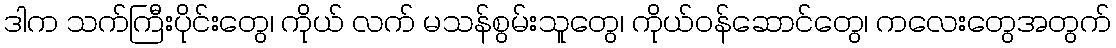
ဒါက သက်ကြီးပိုင်းတွေ၊ ကိုယ် လက် မသန်စွမ်းသူတွေ၊ ကိုယ်ဝန်ဆောင်တွေ၊ ကလေးတွေအတွက်